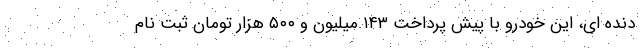
دنده ای، این خودرو با پیش پرداخت ۱۴۳ میلیون و ۵۰۰ هزار تومان ثبت نام